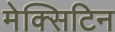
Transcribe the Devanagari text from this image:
मेक्सिटिन